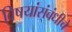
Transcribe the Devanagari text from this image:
विषयांसंबंधीचे